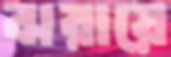
ঝরায়ে